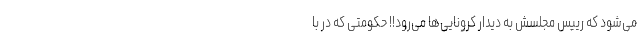
می‌شود که رییس مجلسش به دیدار کرونایی‌ها می‌رود!! حکومتی که در با